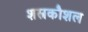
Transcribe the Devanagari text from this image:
शस्त्रकौशल